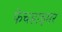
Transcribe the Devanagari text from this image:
फेचहाइमर